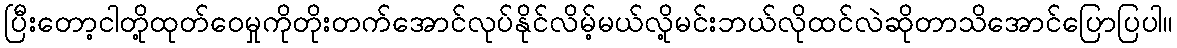
ပြီးတော့ငါတို့ထုတ်ဝေမှုကိုတိုးတက်အောင်လုပ်နိုင်လိမ့်မယ်လို့မင်းဘယ်လိုထင်လဲဆိုတာသိအောင်ပြောပြပါ။